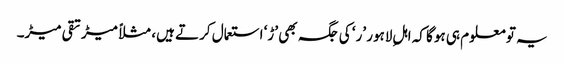
یہ تو معلوم ہی ہوگا کہ اہلِ لاہور ’ر‘ کی جگہ بھی ’ڑ‘ استعمال کرتے ہیں، مثلاً میڑ تقی میڑ۔